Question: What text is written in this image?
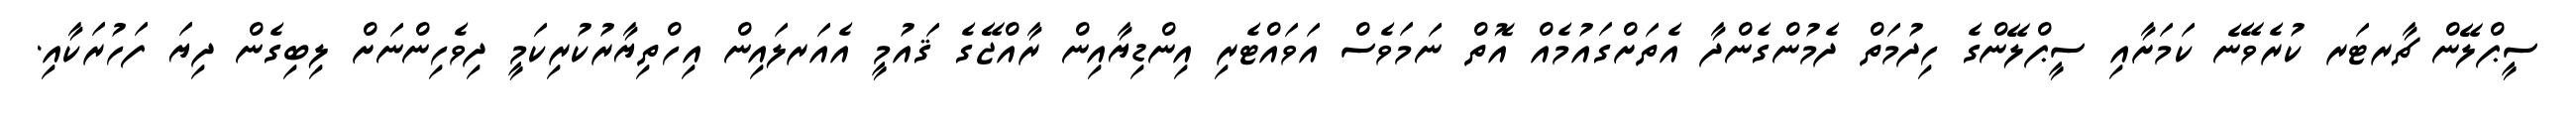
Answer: ސީޕްލޭން ޗާރޓަރ ކުރެވޭނެ ކަމަށާއި ސީޕްލޭންގެ ހިދުމަތް ދެމުންގެންދާ އެތަށްގައުމެއް އޮތް ނަމަވެސް އަވައްޓެރި އިންޑިޔާއިން ރާއްޖޭގެ ޤައުމީ އެއަރލައިން އިހްތިޔާރުކުރިކަމީ ދިވެހިންނަށް ލިބިގެން ދިޔަ ފަހުރަކާއި.